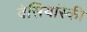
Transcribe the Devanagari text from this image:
वेसियांस्की